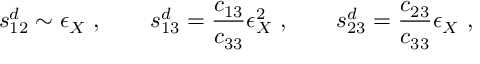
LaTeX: s _ { 1 2 } ^ { d } \sim \epsilon _ { X } ~ , ~ ~ ~ ~ ~ ~ s _ { 1 3 } ^ { d } = \frac { c _ { 1 3 } } { c _ { 3 3 } } \epsilon _ { X } ^ { 2 } ~ , ~ ~ ~ ~ ~ ~ s _ { 2 3 } ^ { d } = \frac { c _ { 2 3 } } { c _ { 3 3 } } \epsilon _ { X } ~ ,